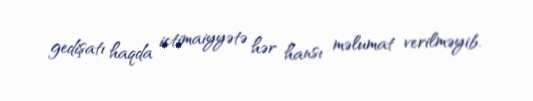
gedişatı haqda ictimaiyyətə hər hansı məlumat verilməyib.